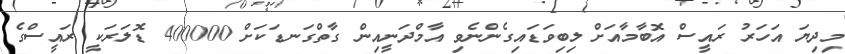
މިދިޔަ އަހަރު ރައީސް އޮބާމާއަށް ލިބިވަޑައިގެންނެވި އާމްދަނީއިން ގާތްގަނޑަކަށް 400000 ޑޮލަރަކީ ރައީސްގެ